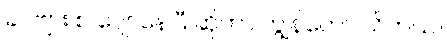
ခင်ဗျား စ ပျော်နေပြီ ဆိုတာ ကျွန်တော် သိတယ်။